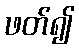
ဖတ်၍